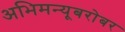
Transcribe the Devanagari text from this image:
अभिमन्यूबरोबर